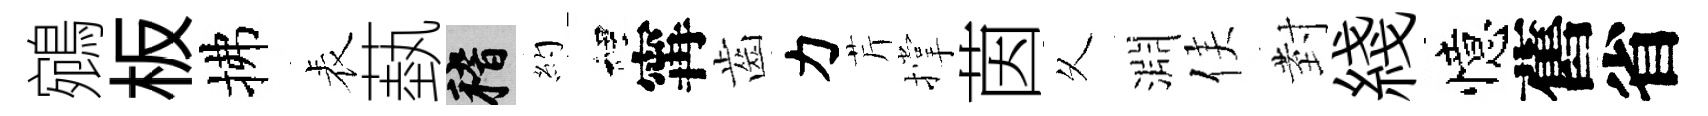
鵷板拂表蓺稽約裡𡩋齒力芹撑茵乆淵侯𭔹綫憶舊省